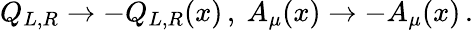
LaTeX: Q_{L,R}\to-Q_{L,R}(x)\, ,\ A_{\mu}(x)\to-A_{\mu}(x)\, .